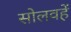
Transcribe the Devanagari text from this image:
सोलवहें